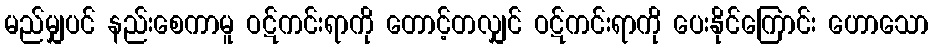
မည်မျှပင် နည်းစေကာမူ ဝဋ်ကင်းရာကို တောင့်တလျှင် ဝဋ်ကင်းရာကို ပေးနိုင်ကြောင်း ဟောသော